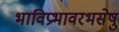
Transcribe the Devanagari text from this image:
भाविप्रभावरभसेषु